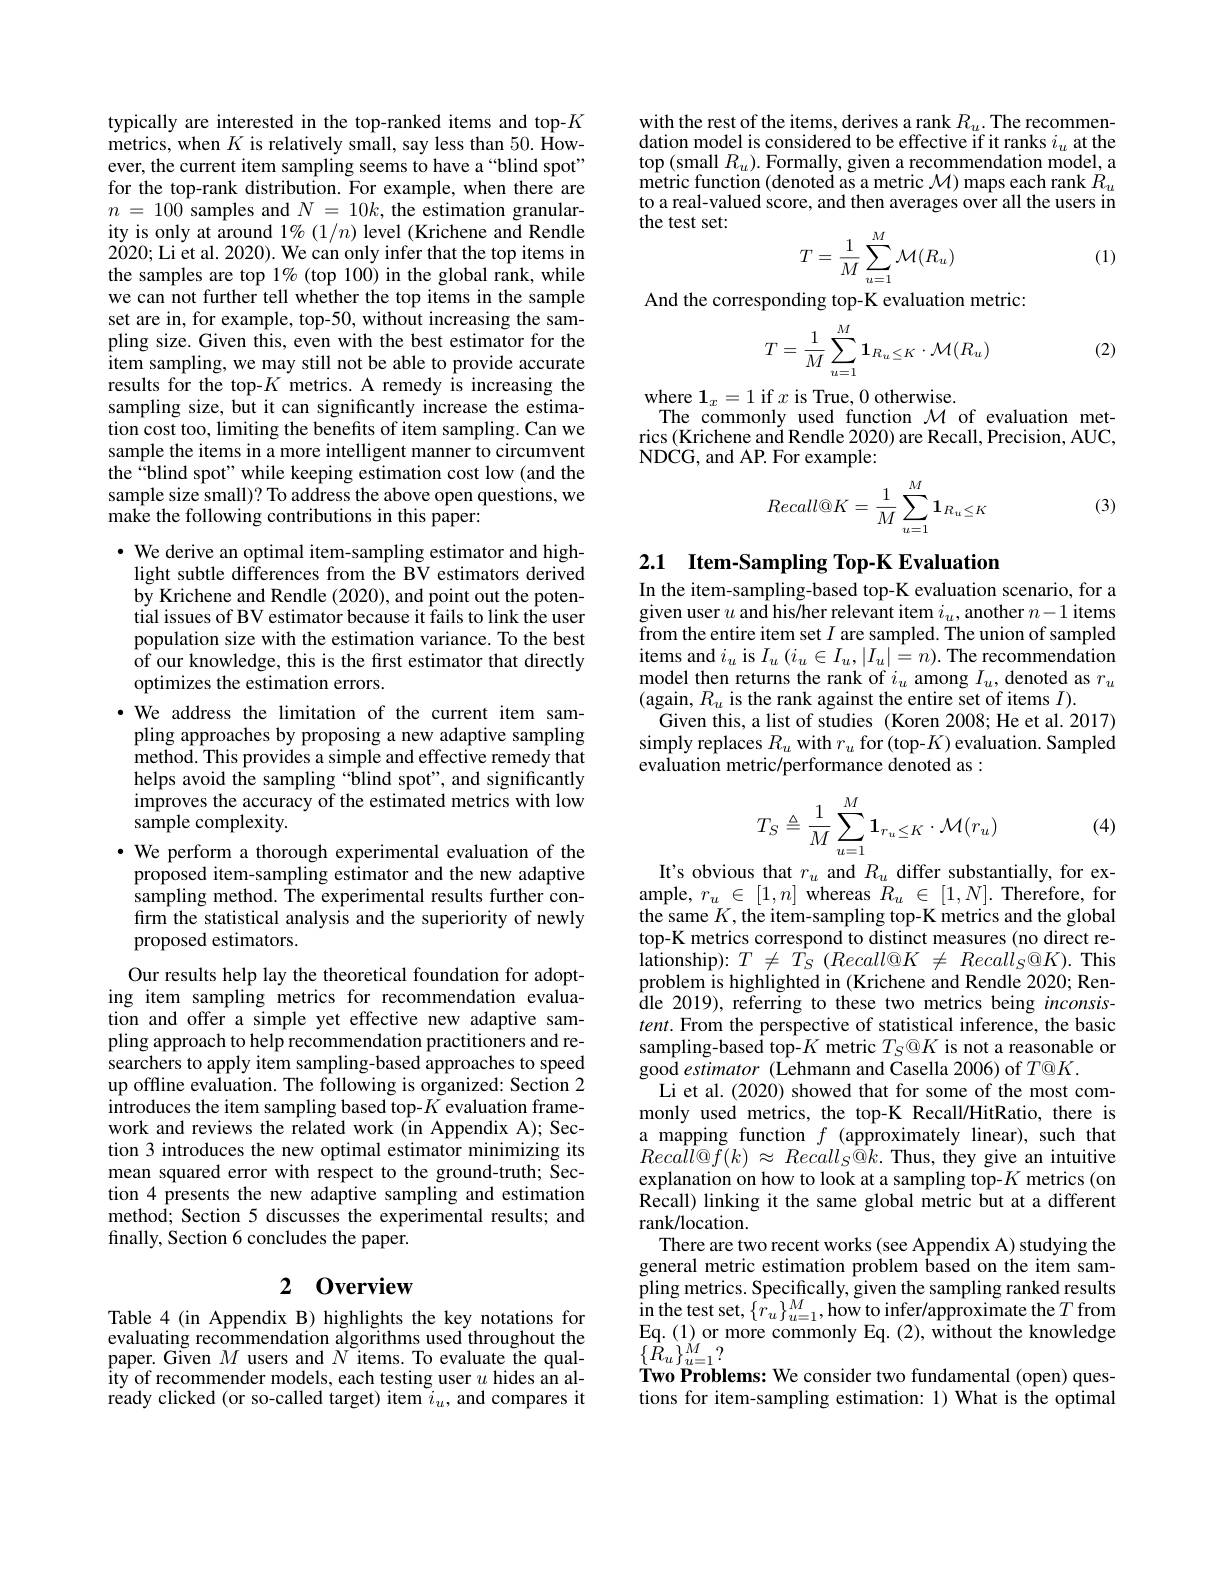
typically are interested in the top-ranked items and top-$K$ metrics, when $K$ is relatively small, say less than 50. However, the current item sampling seems to have a “blind spot” for the top-rank distribution. For example, when there are $n=100$ samples and $N=10k$, the estimation granularity is only at around $1\%(1/n)$ level (Krichene and Rendle $2\dot{0}20;\dot{\text{Li et al. 2020). We can only infer that the top items in}}$ the samples are top 1% (top 100) in the global rank, while we can not further tell whether the top items in the sample set are in, for example, top-50, without increasing the sampling size. Given this, even with the best estimator for the item sampling, we may still not be able to provide accurate results for the top-$K$ metrics. A remedy is increasing the sampling size, but it can significantly increase the estimation cost too, limiting the benefits of item sampling. Can we sample the items in a more intelligent manner to circumvent the“blind spot” while keeping estimation cost low (and the sample size small)? To address the above open questions, we make the following contributions in this paper:

· We derive an optimal item-sampling estimator and highlight subtle differences from the BV estimators derived by Krichene and Rendle (2020), and point out the potential issues of BV estimator because it fails to link the user population size with the estimation variance. To the best of our knowledge, this is the first estimator that directly optimizes the estimation errors.
·We address the limitation of the current item sampling approaches by proposing a new adaptive sampling method. This provides a simple and effective remedy that helps avoid the sampling “blind spot”, and significantly improves the accuracy of the estimated metrics with low sample complexity.
$\bullet$ We perform a thorough experimental evaluation of the proposed item-sampling estimator and the new adaptive sampling method. The experimental results further confirm the statistical analysis and the superiority of newly proposed estimators.
Our results help lay the theoretical foundation for adopting item sampling metrics for recommendation evaluation and offer a simple yet effective new adaptive sampling approach to help recommendation practitioners and researchers to apply item sampling-based approaches to speed up offline evaluation. The following is organized: Section 2 introduces the item sampling based top-$K$ evaluation framework and reviews the related work (in Appendix A); Section 3 introduces the new optimal estimator minimizing its mean squared error with respect to the ground-truth; Šection 4 presents the new adaptive sampling and estimation method; Section 5 discusses the experimental results; and finally, Section 6 concludes the paper.

# 2 0verview

Table 4(in Appendix B) highlights the key notations for evaluating recommendation algorithms used throughout the paper. Given $M$ users and $N^{\circ}$items. To evaluate the qual- ${\hat{\text{ity of recommender models, each testing user }u}}{\hat{\text{hides an al-}}}$ ready clicked (or so-called target) item $i_u$, and compares it

with the rest of the items, derives a rank $R_u.$ The recommendation model is considered to be effective if it ranks $i_u$ at the $\operatorname{top}\left(\operatorname{small}R_{u}\right).\operatorname{Formally,~given~a~recommendation~model,~a}$ ${\text{metric function(denoted as a metric }\mathcal{M}}){\text{maps each rank }R_u}$ to a real-valued score, and then averages over all the users in the test set:
$$T=\frac{1}{M}\sum_{u=1}^{M}\mathcal{M}(R_{u})$$
(1)

And the corresponding top-K evaluation metric:
$$\begin{aligned}T=\frac{1}{M}\sum_{u=1}^{M}\mathbf{1}_{R_{u}\leq K}\cdot\mathcal{M}(R_{u})\end{aligned}$$
(2)

where $\mathbf{1}_x=1$ if $x$ is True, 0 otherwise.
The commonly used function $\mathcal{M}$ of evaluation metrics (Krichene and Rendle 2020) are Recall, Precision, AUC, NDCG, and AP. For example:

(3)
$$Recall@K=\frac{1}{M}\sum_{u=1}^{M}\mathbf{1}_{R_u\leq K}$$
## 2.1 Item-Sampling Top-K Evaluation

In the item-sampling-based top-K evaluation scenario, for a given user $u$ and his/her relevant item $i_u$,another $n-1$ items from the entire item set $I$ are sampled. The union of sampled items and $i_u$ is $I_u\left(i_u\in I_u,|I_u|=n\right).$ The recommendation model then returns the rank of $i_u$ among $I_u$, denoted as $r_u$ (again, $R_u$ is the rank against the entire set of items $I).$
Given this, a list of studies (Koren 2008; He et al. 2017) simply replaces $R_u$ with $r_u$ for (top-$K)$ evaluation. Sampled evaluation metric/performance denoted as :
$$T_S\triangleq\frac{1}{M}\sum_{u=1}^M\mathbf{1}_{r_u\leq K}\cdot\mathcal{M}(r_u)$$
(4)

It's obvious that $r_u$ and $R_u$ differ substantially, for example, $r_{u}\in [ 1, n]$ whereas $R_u\in[1,N].$ Therefore, for the same $K$,the item-sampling top-K metrics and the global top-K metrics correspond to distinct measures (no direct re- ${\mathrm{lationship}}):T\neq{\bar{T}}_{S}(Recall@K\neq{\mathrm{~Recall}}_{S}@K).$This problem is highlighted in (Krichene and Rendle 2020; Rendle 2019), referring to these two metrics being inconsis- $tent.$ From the perspective of statistical inference, the basic sampling-based top-$K$ metric $T_S@K$ is not a reasonable or $\hat{\mathrm{good~}estimator}$(Lehmann and Casella 2006) of $T@K.$
Li et al. (2020) showed that for some of the most commonly used metrics, the top-K Recall/HitRatio, there is a mapping function $f$ (approximately linear), such that $Recall@\tilde{f}(k)\approx Recall_{S}\tilde{@}k.$Thus,they give an intuitive explanation on how to look at a sampling top-$K$ metrics (on $\hat{\text{Recall) linking it the same global metric but at a different}}$ rank/location.
There are two recent works (see Appendix A) studying the general metric estimation problem based on the item sampling metrics. Specifically, given the sampling ranked results in the test set, $\{ r_{u}\} _{u= 1}^{M}$,how to infer/ approximate the$T$ from $\Gamma(1)$ Eq.(1) or more commonly Eq.(2), without the knowledge $\{\hat{R}_{u}\}_{u=1}^{\acute{M}}?$
Two Problems: We consider two fundamental (open) questions for item-sampling estimation: 1) What is the optimal